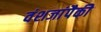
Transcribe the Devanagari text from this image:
वंशजांपैकी